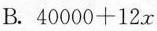
B.$$40000+12x$$